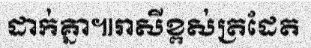
ដាក់គ្នា៕រាសីខ្ពស់ត្រដែត